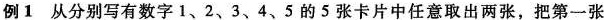
例1从分别写有数字1、2、3、4、5的5张卡片中任意取出两张，把第一张